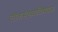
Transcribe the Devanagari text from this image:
लोकसंख्याविषयक